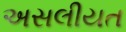
અસલીયત